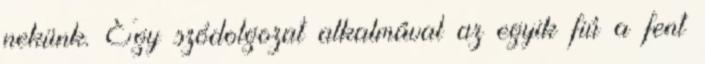
nekünk. Egy szódolgozat alkalmával az egyik fiú a fent